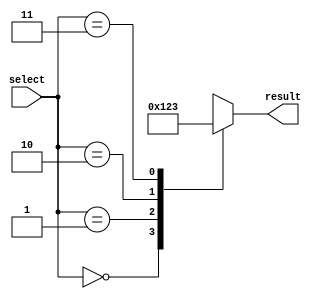
module parallel_case_statement (
    input [1:0] select,
    output reg [3:0] result
);

always @(*)
begin
    case(select)
        2'b00: result = 4'b0000;
        2'b01: result = 4'b0001;
        2'b10: result = 4'b0010;
        2'b11: result = 4'b0011;
        default: result = 4'bxxxx; //default case
    endcase
end

endmodule